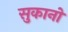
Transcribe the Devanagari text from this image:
सुकानो